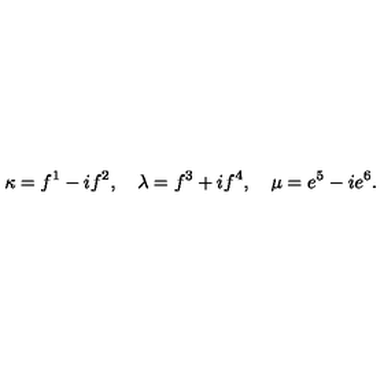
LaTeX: \kappa = f ^ { 1 } - i f ^ { 2 } , \quad \lambda = f ^ { 3 } + i f ^ { 4 } , \quad \mu = e ^ { 5 } - i e ^ { 6 } .